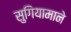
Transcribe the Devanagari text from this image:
सुगियामाने